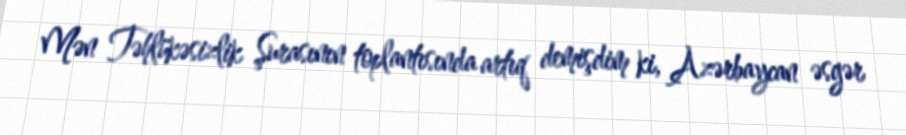
Mən Təhlükəsizlik Şurasının toplantısında artıq demişdim ki, Azərbaycan əsgər